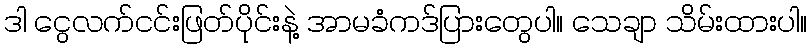
ဒါ ငွေလက်ငင်းဖြတ်ပိုင်းနဲ့ အာမခံကဒ်ပြားတွေပါ။ သေချာ သိမ်းထားပါ။